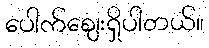
ပေါက်ဈေးရှိပါတယ်။